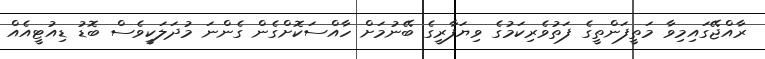
ރާއްޖޭގައިމިވާ މަތީފަންތީގެ ފަތުވެރިކަމުގެ ވިޔަފާރީގެ ބޭނުމަށް ހާއްސަކޮށްގެން ގެންނަ މުދަލަކީވެސް ބޮޑު ޑިއުޓީއެއް